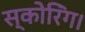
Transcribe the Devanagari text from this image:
स्कोरिंग।